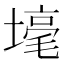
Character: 𡐒